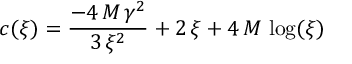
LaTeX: c ( \xi ) = { \frac { - 4 \, M \, { { \gamma } ^ { 2 } } } { 3 \, { { \xi } ^ { 2 } } } } + 2 \, \xi + 4 \, M \, \log ( \xi )